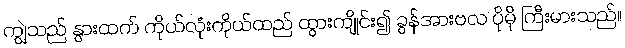
ကျွဲသည် နွားထက် ကိုယ်လုံးကိုယ်ထည် ထွားကျိုင်း၍ ခွန်အားဗလ ပိုမို ကြီးမားသည်။